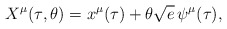
\begin{align*}X^\mu{}(\tau{},\theta{}) = x^\mu{}(\tau{}) + \theta{}\sqrt{e}\,\psi{}^\mu{}(\tau{}),\end{align*}